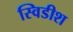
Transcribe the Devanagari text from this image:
स्विडीश